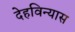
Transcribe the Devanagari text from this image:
देहविन्यास